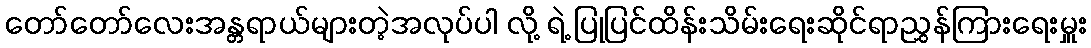
တော်တော်လေးအန္တရာယ်များတဲ့အလုပ်ပါ လို့ ရဲ့ ပြုပြင်ထိန်းသိမ်းရေးဆိုင်ရာညွှန်ကြားရေးမှူး